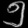
Digit: ၅